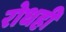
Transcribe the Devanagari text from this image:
रोधही